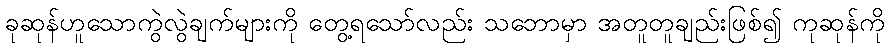
ခုဆုန်ဟူသောကွဲလွဲချက်များကို တွေ့ရသော်လည်း သဘောမှာ အတူတူချည်းဖြစ်၍ ကုဆုန်ကို